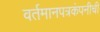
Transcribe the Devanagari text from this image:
वर्तमानपत्रकंपनीची